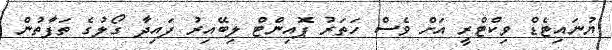
ޔުނައިޓެޑް ވިކްޓްރީ އަށް ވެސް ހަތަރު ޕޮއިންޓް ލިބޭއިރު ފައިދާ ގޯލުގެ ތަފާތުން